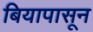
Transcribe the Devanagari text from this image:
बियापासून